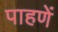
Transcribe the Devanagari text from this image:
पाहणें